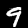
Label: 9